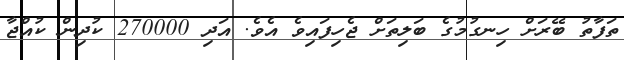
ތަފާތު ބޭރަށް ހިނގުމުގެ ބަލިތަށް ޖެހިފައިވެ އެވެ. އަދި 270000 ކުދިން ކުއްޖާ